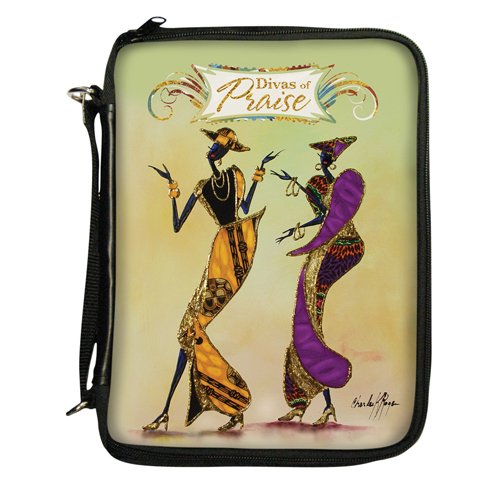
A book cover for Divas of Praise Bible Cover; African American Expressions; Christian Books & Bibles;